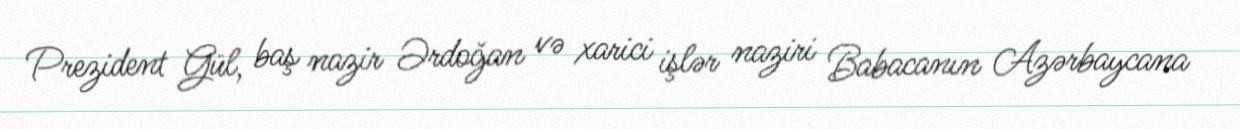
Prezident Gül, baş nazir Ərdoğan və xarici işlər naziri Babacanın Azərbaycana